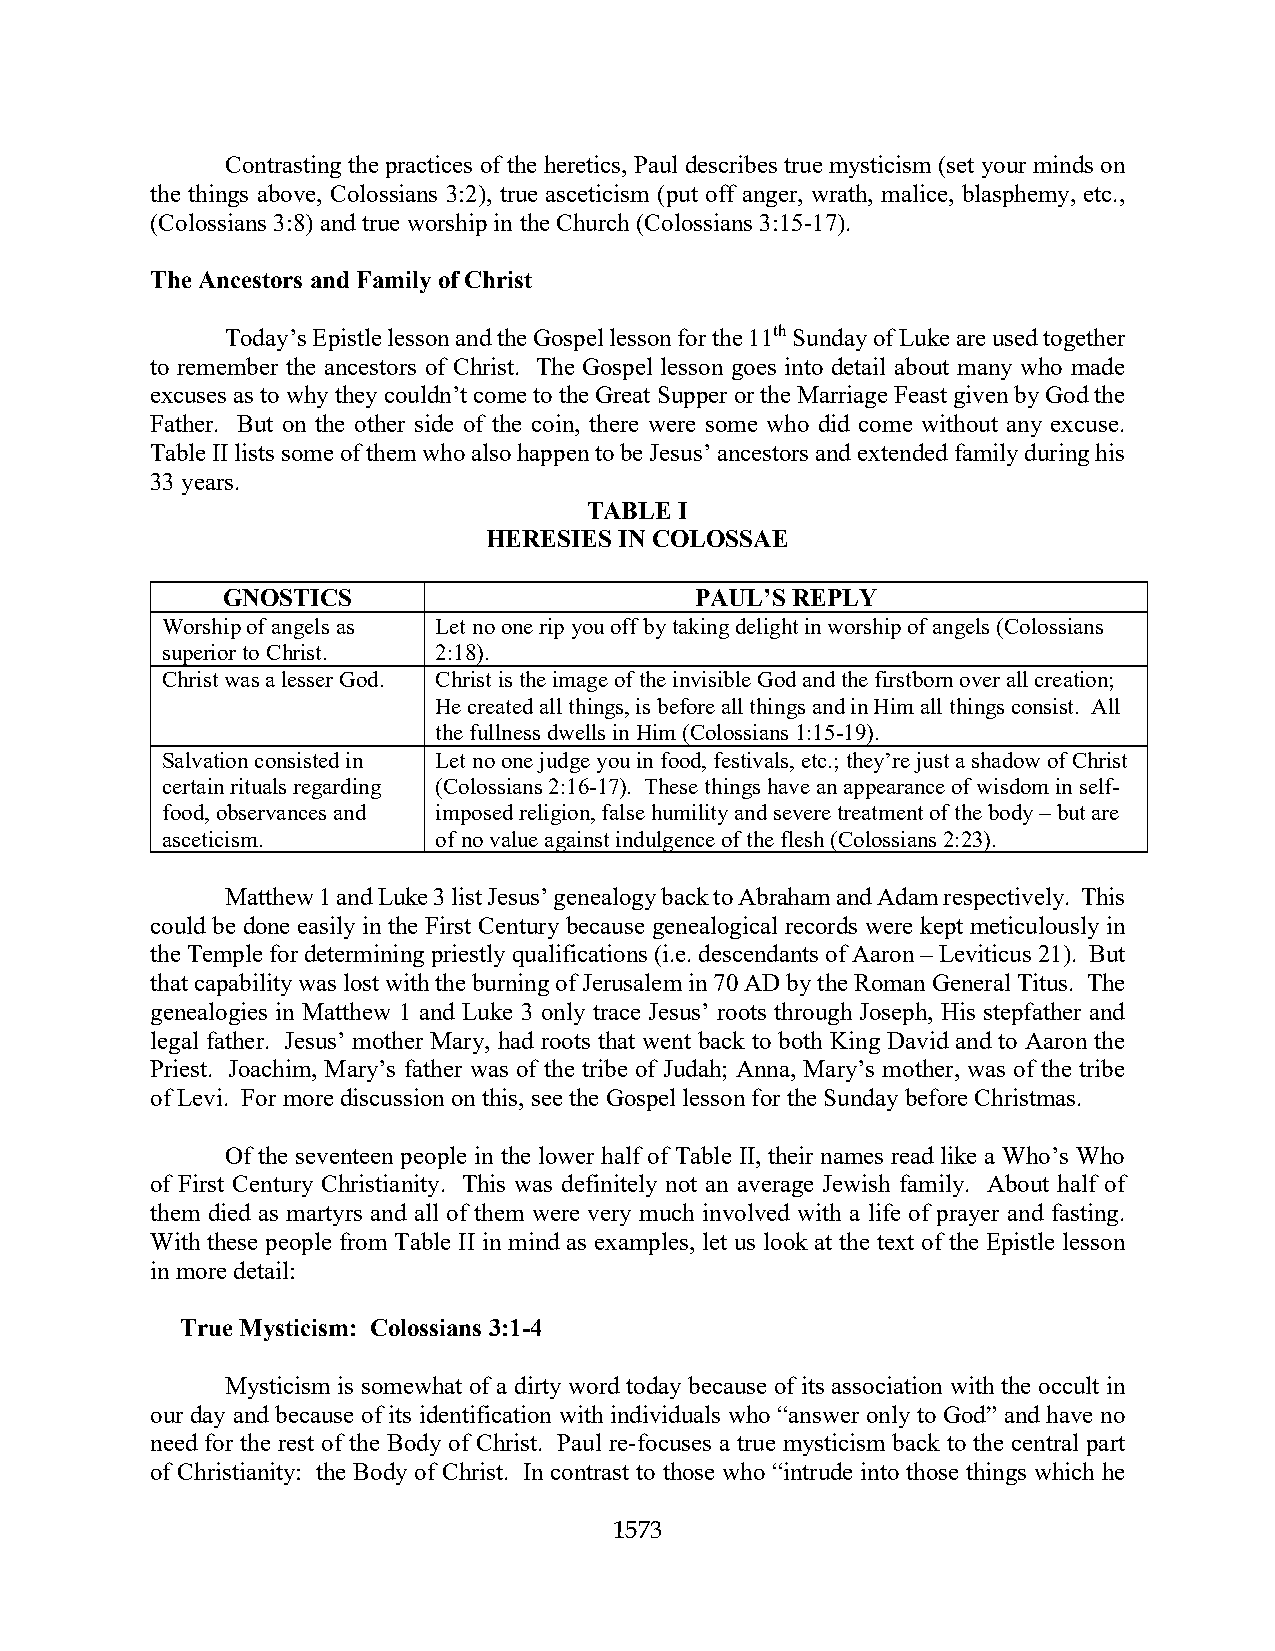
Contrasting the practices of the heretics, Paul describes true mysticism (set your minds on
 the things above, Colossians 3:2), true asceticism (put off anger, wrath, malice, blasphemy, etc.,
 (Colossians 3:8) and true worship in the Church (Colossians 3:15-17).
 The Ancestors and Family of Christ
 Today’s Epistle lesson and the Gospel lesson for the 11th Sunday of Luke are used together
 to remember the ancestors of Christ. The Gospel lesson goes into detail about many who made
 excuses as to why they couldn’t come to the Great Supper or the Marriage Feast given by God the
 Father. But on the other side of the coin, there were some who did come without any excuse.
 Table II lists some of them who also happen to be Jesus’ ancestors and extended family during his
 33 years.
 TABLE I
 HERESIES IN COLOSSAE
 GNOSTICS                       PAUL’S REPLY
 Worship of angels as Let no one rip you off by taking delight in worship of angels (Colossians
 superior to Christ. 2:18).
 Christ was a lesser God. Christ is the image of the invisible God and the firstborn over all creation;
 He created all things, is before all things and in Him all things consist. All
 the fullness dwells in Him (Colossians 1:15-19).
 Salvation consisted in Let no one judge you in food, festivals, etc.; they’re just a shadow of Christ
 certain rituals regarding (Colossians 2:16-17). These things have an appearance of wisdom in self-
 food, observances and imposed religion, false humility and severe treatment of the body – but are
 asceticism.       of no value against indulgence of the flesh (Colossians 2:23).
 Matthew 1 and Luke 3 list Jesus’ genealogy back to Abraham and Adam respectively. This
 could be done easily in the First Century because genealogical records were kept meticulously in
 the Temple for determining priestly qualifications (i.e. descendants of Aaron – Leviticus 21). But
 that capability was lost with the burning of Jerusalem in 70 AD by the Roman General Titus. The
 genealogies in Matthew 1 and Luke 3 only trace Jesus’ roots through Joseph, His stepfather and
 legal father. Jesus’ mother Mary, had roots that went back to both King David and to Aaron the
 Priest. Joachim, Mary’s father was of the tribe of Judah; Anna, Mary’s mother, was of the tribe
 of Levi. For more discussion on this, see the Gospel lesson for the Sunday before Christmas.
 Of the seventeen people in the lower half of Table II, their names read like a Who’s Who
 of First Century Christianity. This was definitely not an average Jewish family. About half of
 them died as martyrs and all of them were very much involved with a life of prayer and fasting.
 With these people from Table II in mind as examples, let us look at the text of the Epistle lesson
 in more detail:
 True Mysticism: Colossians 3:1-4
 Mysticism is somewhat of a dirty word today because of its association with the occult in
 our day and because of its identification with individuals who “answer only to God” and have no
 need for the rest of the Body of Christ. Paul re-focuses a true mysticism back to the central part
 of Christianity: the Body of Christ. In contrast to those who “intrude into those things which he
 1573